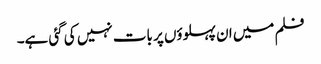
فلم میں ان پہلوؤں پر بات نہیں کی گئی ہے۔